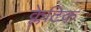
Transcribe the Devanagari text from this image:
क्लेटिक